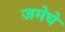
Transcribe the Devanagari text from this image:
जमेचे